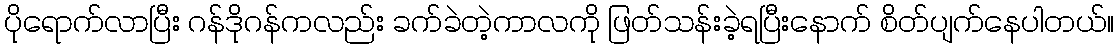
ပိုရောက်လာပြီး ဂန်ဒိုဂန်ကလည်း ခက်ခဲတဲ့ကာလကို ဖြတ်သန်းခဲ့ရပြီးနောက် စိတ်ပျက်နေပါတယ်။